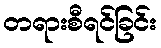
တရားစီရင်ခြင်း